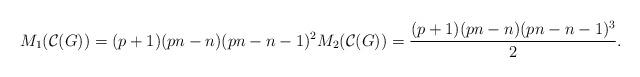
LaTeX: \begin{align*}M_{1}(\mathcal{C}(G))=(p+1)(pn-n)(pn-n-1)^{2} M_{2}(\mathcal{C}(G)) = \dfrac{(p+1)(pn-n)(pn-n-1)^{3}}{2}.\end{align*}